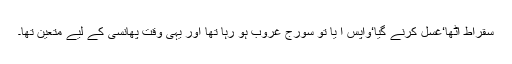
سقراط اٹھا‘غسل کرنے گیا‘واپس آ یا تو سورج غروب ہو رہا تھا اور یہی وقت پھانسی کے لیے متعین تھا۔